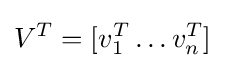
V^{T}=[v_{1}^{T}\ldots v_{n}^{T}]